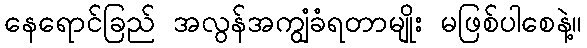
နေရောင်ခြည် အလွန်အကျွံခံရတာမျိုး မဖြစ်ပါစေနဲ့။